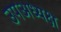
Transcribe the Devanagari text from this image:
उपअध्यक्ष